Vaccination returns of the Province of Eastern Bengal and Assam - 1905-1912
Year: 1905
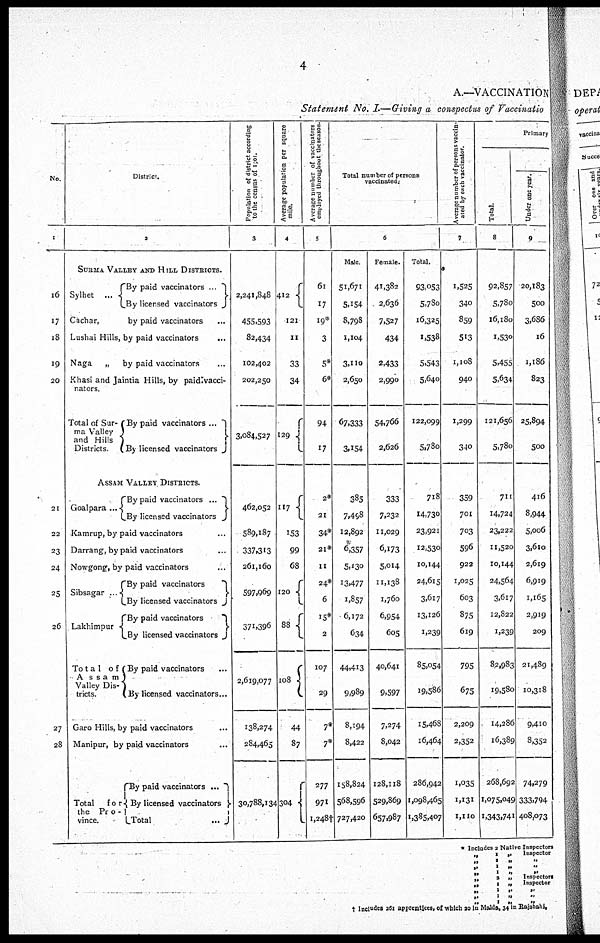
4
A.—VACCINATION
Statement No. I.—Giving a conspectus of Vaccination
No.
1
16
17
18
19
20
21
22
23
24
25
26
27
28
District.
2
SURMA VALLEY AND HILL DISTRICTS.
Sylhet ...
By paid vaccinators ...
By licensed vaccinators
Cachar,
by paid vaccinators ...
Lushai Hills, by paid vaccinators ...
Naga
„ by paid vaccinators ...
Khasi and Jaintia Hills, by paid vacci-
nators.
Total of Sur¬
ma Valley
and Hills
Districts.
By paid vaccinators ...
By licensed vaccinators
ASSAM VALLEY DISTRICTS.
Goalpara ...
By paid vaccinators ...
By licensed vaccinators
Kamrup, by paid vaccinators ...
Darrang, by paid vaccinators ...
Nowgong, by paid vaccinators ...
Sibsagar ...
Lakhimpur
Tota1 of
Assam
Valley Dis¬
tricts.
By paid vaccinators
By licensed vaccinators
By paid vaccinators
By licensed vaccinators
By paid vaccinators ...
By licensed vaccinators...
Garo Hills, by paid vaccinators ...
Manipur, by paid vaccinators ...
Total for
the Pro¬
vince.
By paid vaccinators
...
By licensed vaccinators
Total
...
Population of district according
to the census of 1901.
3
2,241,848
455,593
82,434
102,402
202,250
3,084,527
462,052
589,187
337,313
261,160
597,969
371,396
2,619,077
138,274
284,465
30,788,134
Average population per square
mile.
4
412
121
11
33
34
129
117
153
99
68
120
88
108
44
87
304
Average number of vaccinators
employed throughout the season.
5
61
17
19*
3
5*
6*
94
17
2*
21
34*
21*
11
24*
6
15*
2
107
29
7*
7*
277
971
1,248†
Total number of persons
vaccinated.
6
Male.
51,671
5,154
8,798
1,104
3,110
2,650
67,333
3,154
385
7,498
12,892
6,357
5,130
13,477
1,857
6,172
634
44,413
9,989
8,194
8,422
158,824
568,596
727,420
Female.
41,382
2,636
7,527
434
2,433
2,990
54,766
2,626
333
7,232
11,029
6,173
5,014
11,138
1,760
6,954
605
40,641
9,597
7,274
8,042
128,118
529,869
657,987
Total.
93,053
5,780
16,325
1,538
5,543
5,640
122,099
5,780
718
14,730
23,921
12,530
10,144
24,615
3,617
13,126
1,239
85,054
19,586
15,468
16,464
286,942
1,098465
1,385,407
Average number of persons vaccin-
ated by each vaccinator.
7
1,525
340
859
513
1,108
940
1,299
340
359
701
703
596
922
1,025
603
875
619
795
675
2,209
2,352
1,035
1,131
1,110
Primary
Total.
8
92,857
5,780
16,180
1,530
5,455
5,634
121,656
5,780
711
14,724
23,222
11,520
10,144
24,564
3,617
12,822
1,239
82,983
19,580
14,286
16,389
268,692
1,075,049
1,343,741
Under one year.
9
20,183
500
3,686
16
1,186
823
25,894
500
416
8,944
5,006
3,610
2,619
6,919
1,165
2,919
209
21,489
10,318
9,410
8,352
74,279
333,794
408,073
* Includes 2 Native Inspectors
„
1
„ Inspector
„
1
„
„
„
1 „
„
„ 1 „ „
„
2 „
Inspectors
„
1 „
Inspector
„
1
„
„
„
1
„
„
„ 1 „ „
‡ Includes 261 apprentices, of which 20 in Malda, 34 in Rajshahi.